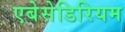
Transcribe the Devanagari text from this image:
एबेसेडिरियम